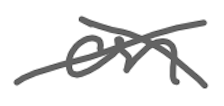
Text: on
Cross-out: cross
Writing tool: digital_gray